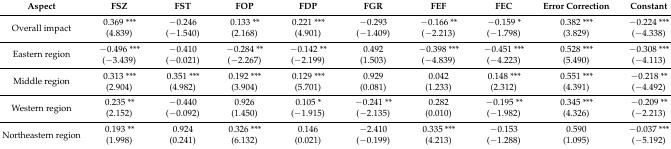
<table><thead><tr><td><b>Aspect</b></td><td><b>FSZ</b></td><td><b>FST</b></td><td><b>FOP</b></td><td><b>FDP</b></td><td><b>FGR</b></td><td><b>FEF</b></td><td><b>FEC</b></td><td><b>Error Correction</b></td><td><b>Constant</b></td></tr></thead><tbody><tr><td>Overall impact</td><td>0.369 ***(4.839)</td><td>−0.246(−1.540)</td><td>0.133 **(2.168)</td><td>0.221 ***(4.901)</td><td>−0.293(−1.409)</td><td>−0.166 **(−2.213)</td><td>−0.159 *(−1.798)</td><td>0.382 ***(3.829)</td><td>−0.224 ***(−4.338)</td></tr><tr><td>Eastern region</td><td>−0.496 ***(−3.439)</td><td>−0.410(−0.021)</td><td>−0.284 **(−2.267)</td><td>−0.142 **(−2.199)</td><td>0.492(1.503)</td><td>−0.398 ***(−4.839)</td><td>−0.451 ***(−4.223)</td><td>0.528 ***(5.490)</td><td>−0.308 ***(−4.113)</td></tr><tr><td>Middle region</td><td>0.313 ***(2.904)</td><td>0.351 ***(4.982)</td><td>0.192 ***(3.904)</td><td>0.129 ***(5.701)</td><td>0.929(0.081)</td><td>0.042(1.233)</td><td>0.148 ***(2.312)</td><td>0.551 ***(4.391)</td><td>−0.218 **(−4.492)</td></tr><tr><td>Western region</td><td>0.235 **(2.152)</td><td>−0.440(−0.092)</td><td>0.926(1.450)</td><td>0.105 *(−1.915)</td><td>−0.241 **(−2.135)</td><td>0.282(0.010)</td><td>−0.195 **(−1.982)</td><td>0.345 ***(4.326)</td><td>−0.209 **(−2.213)</td></tr><tr><td>Northeastern region</td><td>0.193 **(1.998)</td><td>0.924(0.241)</td><td>0.326 ***(6.132)</td><td>0.146(0.021)</td><td>−2.410(−0.199)</td><td>0.335 ***(4.213)</td><td>−0.153(−1.288)</td><td>0.590(1.095)</td><td>−0.037 ***(−5.192)</td></tr></tbody></table>